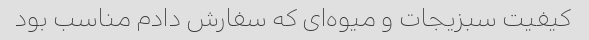
کیفیت سبزیجات و میوه‌ای که سفارش دادم مناسب بود